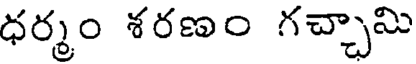
ధర్మం శరణం గచ్చామి